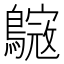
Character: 𪄺